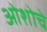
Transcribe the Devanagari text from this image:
ओशोचे